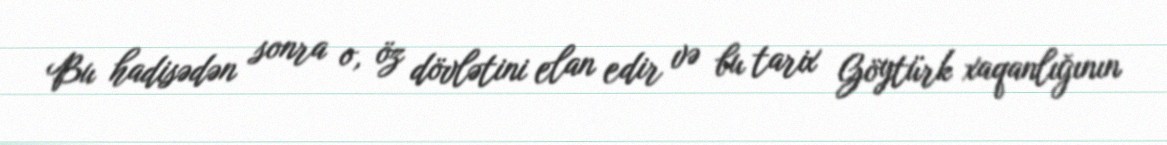
Bu hadisədən sonra o, öz dövlətini elan edir və bu tarix Göytürk xaqanlığının